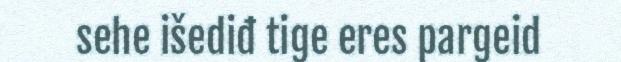
sehe išediđ tige eres pargeid